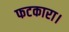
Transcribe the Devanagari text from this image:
फटकारा।